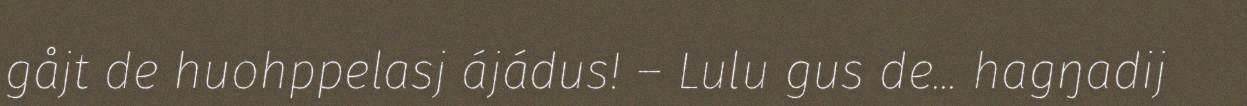
gåjt de huohppelasj ájádus! – Lulu gus de... hagŋadij